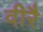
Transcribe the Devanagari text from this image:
वीरै